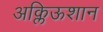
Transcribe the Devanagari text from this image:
अक्लिऊशान